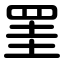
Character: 罣